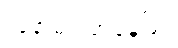
လူနာများအနေဖြင့်